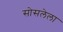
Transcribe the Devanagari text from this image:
सोसलेला